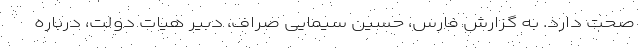
صحت دارد. به گزارش فارس، حسین سیمایی صراف، دبیر هیات دولت، درباره